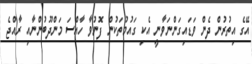
އޭގެ އިތުރުން ދެން ވަޑައިގަންނަވާނީ އެކި ގައުމުތަކުން ފޮނުވާ ހާއްސަ މަންދޫބުންނާއި ރާއްޖެ